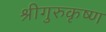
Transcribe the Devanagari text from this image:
श्रीगुरुकृष्ण